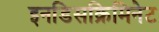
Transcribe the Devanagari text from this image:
इनडिसक्रिमिनेट